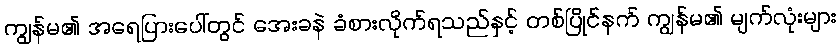
ကျွန်မ၏ အရေပြားပေါ်တွင် အေးခနဲ ခံစားလိုက်ရသည်နှင့် တစ်ပြိုင်နက် ကျွန်မ၏ မျက်လုံးများ